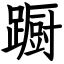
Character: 蹰